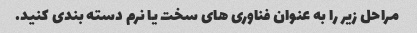
مراحل زیر را به عنوان فناوری های سخت یا نرم دسته بندی کنید.